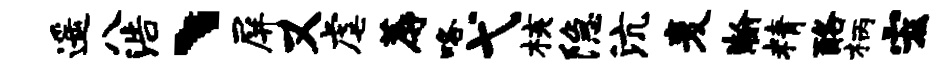
遥八浩、屏又虐蓐咯弋核隐沆麦瀚精酪柄宏